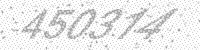
Solution: 450374